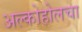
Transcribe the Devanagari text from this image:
अल्कोहोलचा